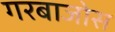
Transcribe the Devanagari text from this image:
गरबाजोस